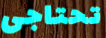
تحتاجى